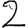
Digit: 2